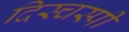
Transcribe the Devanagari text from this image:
दिस्चस्पी